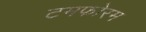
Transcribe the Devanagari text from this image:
टमफोरम